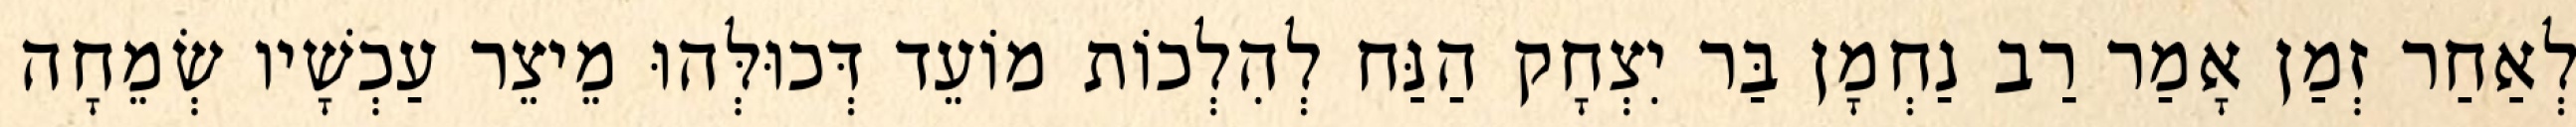
לְאַחַר זְמַן אָמַר רַב נַחְמָן בַּר יִצְחָק הַנַּח לְהִלְכוֹת מוֹעֵד דְּכוּלְּהוּ מֵיצֵר עַכְשָׁיו שְׂמֵחָה